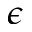
\epsilon